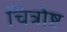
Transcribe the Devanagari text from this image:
चित्रोष्ट